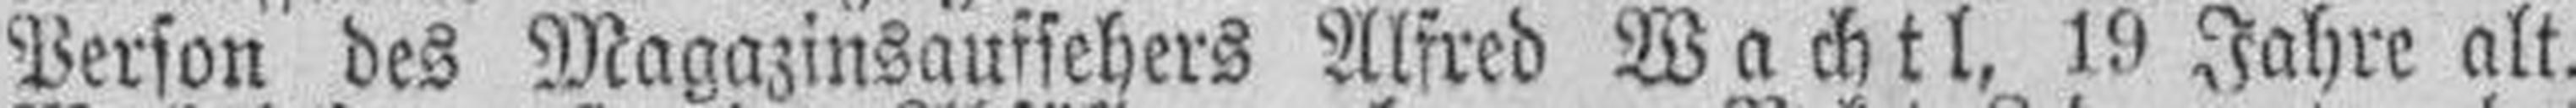
Person des Magazinsaufsehers Alfred Wachtl, 19 Jahre alt.